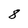
Character: 8